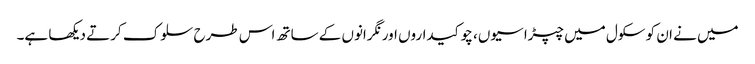
میں نے ان کو سکول میں چپڑاسیوں، چوکیداروں اور نگرانوں کے ساتھ اس طرح سلوک کرتے دیکھا ہے۔